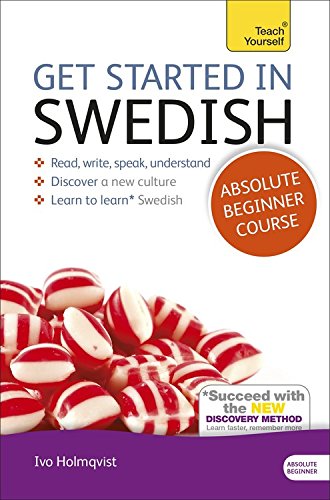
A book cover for Get Started in Swedish Absolute Beginner Course: The essential introduction to reading, writing, speaking and understanding a new language (Teach Yourself); Vera Croghan; Travel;